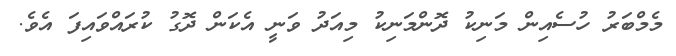
މެމްބަރު ހުސެއިން މަނިކު ދޮންމަނިކު މިއަދު ވަނީ އެކަން ދޮގު ކުރައްވައިފަ އެވެ.